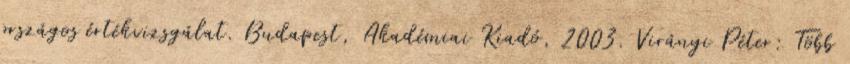
országos értékvizsgálat. Budapest, Akadémiai Kiadó, 2003. Virányi Péter: Több